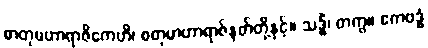
စာတုမဟာရာဇိကေဟိ၊ စတုမာဟာရာဇ်နတ်တို့နှင့်။ သဒ္ဓိံ၊ တကွ။ ဧကဗဒ္ဓံ